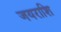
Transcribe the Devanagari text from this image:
जयराशि